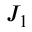
J _ { 1 }